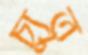
চ্যুত